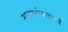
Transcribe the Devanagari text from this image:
रस्तारुंदीकरणाची